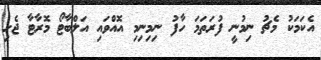
އެކަމަކު މެޗު ނިމުނީ ފުރަތަމަ ހާފު ނިމިނިމި އޮއްވައި އަލްބާޓޯ މޮރާޓާ ޖެހި